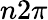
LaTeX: n2\pi